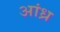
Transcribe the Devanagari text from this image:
अांध्र